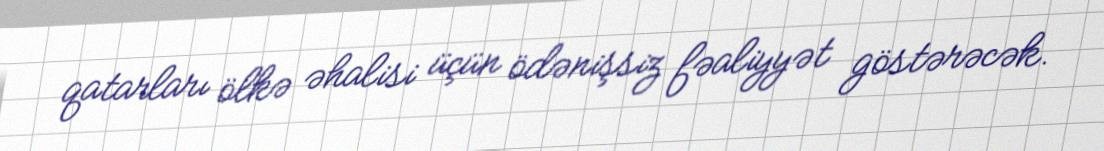
qatarları ölkə əhalisi üçün ödənişsiz fəaliyyət göstərəcək.